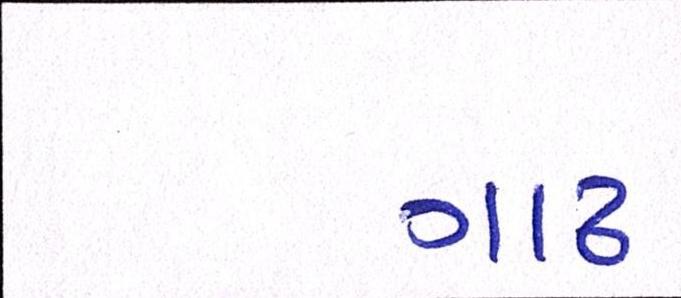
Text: ગાઢ